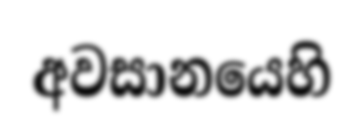
අවසානයෙහි